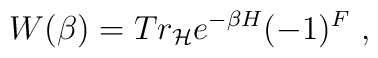
W(\beta)= Tr_{\cal H}  e^{-\beta H} (-1)^F \ ,